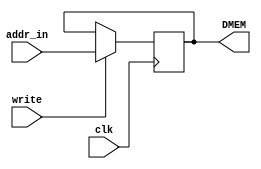
//Memory adress register

module MAR (input clk, write,
            input [23:0] addr_in,
            output [23:0] DMEM    
);
    reg [23:0] register ;

    assign DMEM = register ;

    always @(posedge clk ) begin
        if (write) begin
            register <= addr_in ;
        end
    end

endmodule //MAR